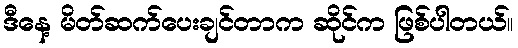
ဒီနေ့ မိတ်ဆက်ပေးချင်တာက ဆိုင်က ဖြစ်ပါတယ်။